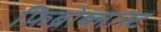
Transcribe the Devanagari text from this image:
फ़िब्रोब्लास्ट